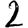
Digit: 2